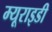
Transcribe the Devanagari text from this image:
म्यूराइडी